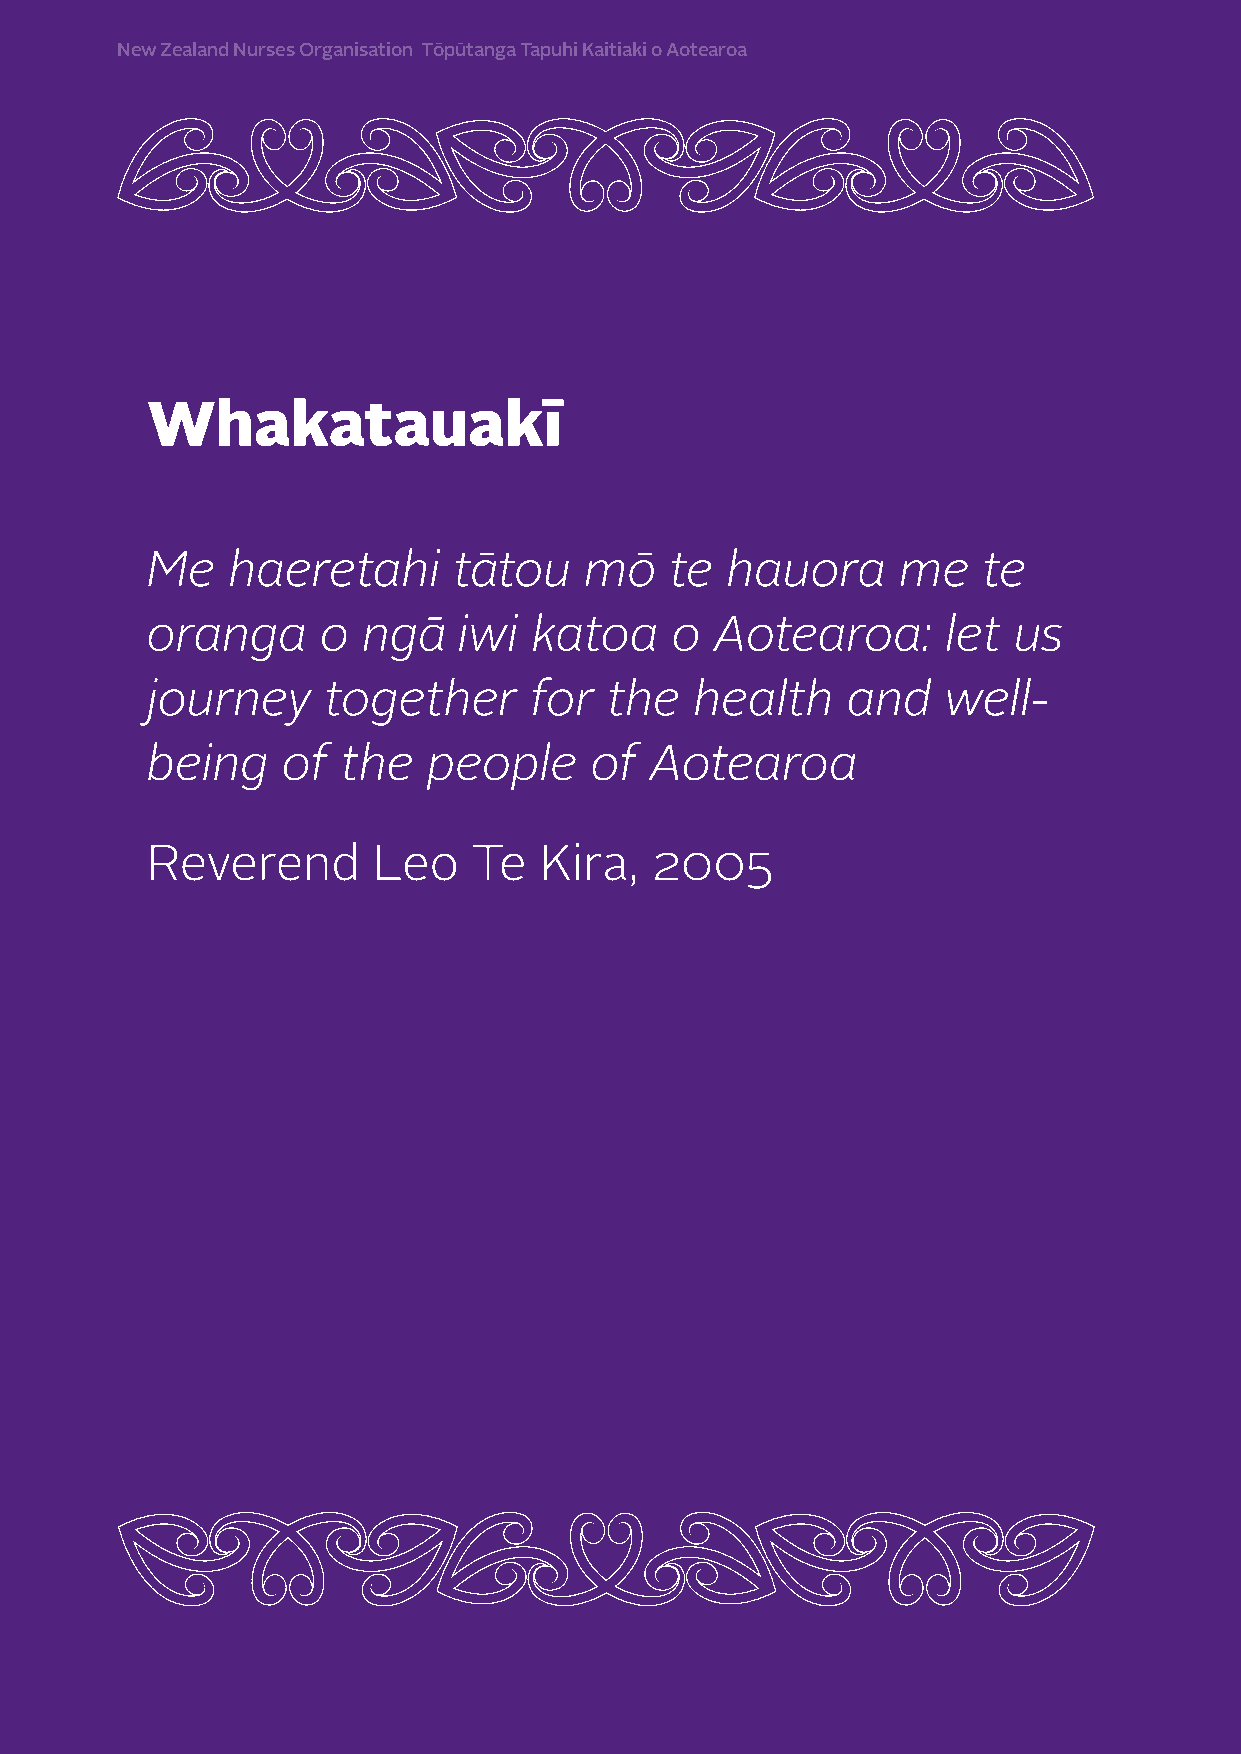
New Zealand Nurses Organisation Tōpūtanga Tapuhi Kaitiaki o Aotearoa
 Whakatauakī
 Me   haeretahi      tātou    mō   te  hauora      me   te
 oranga     o  ngā   iwi  katoa    o  Aotearoa:       let us
 journey    together      for  the   health    and    well-
 being    of  the  people     of  Aotearoa
 Reverend       Leo   Te   Kira,  2005